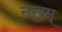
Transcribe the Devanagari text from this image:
नखम्